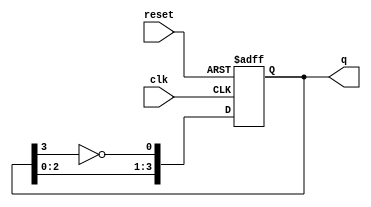
module JohnsonCounter #(
    parameter N = 4  // Number of flip-flops
) (
    input wire clk,        // Clock input
    input wire reset,      // Asynchronous reset
    output reg [N-1:0] q   // Output state of the counter
);

// Internal signal for feedback
wire feedback;

// Feedback is the inverted output of the last flip-flop
assign feedback = ~q[N-1];

// Sequential logic for the Johnson counter
always @(posedge clk or posedge reset) begin
    if (reset) begin
        // Asynchronous reset to zero
        q <= 0;
    end else begin
        // Shift the values and apply feedback
        q <= {q[N-2:0], feedback};
    end
end

endmodule